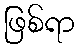
ဖြစ်ရာ